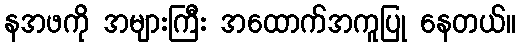
နအဖကို အများကြီး အထောက်အကူပြု နေတယ်။